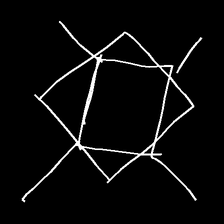
Glyph: light